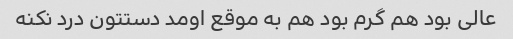
عالی بود هم گرم بود هم به موقع اومد دستتون درد نکنه